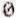
0